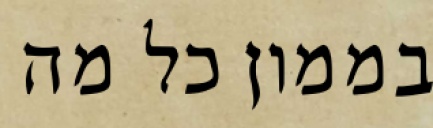
בממון כל מה